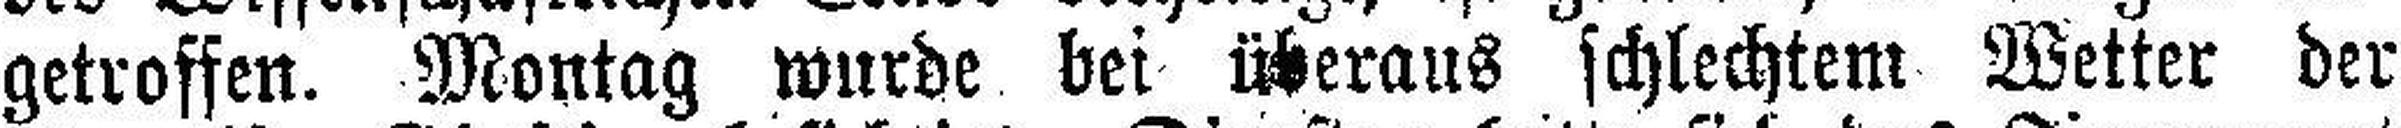
getroffen. Montag wurde bei überaus schlechtem Wetter der